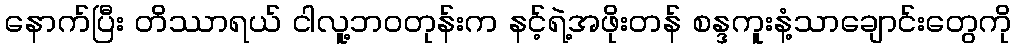
နောက်ပြီး တိဿာရယ် ငါလူ့ဘဝတုန်းက နင့်ရဲ့အဖိုးတန် စန္ဒကူးနံ့သာချောင်းတွေကို